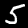
Digit: 5